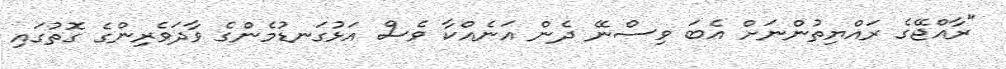
"ރާއްޖޭގެ ރައްޔިތުންނަށް އެބަ ވިސްނޭ ދެން އަނެއްކާ ވެސް އަޅުގަނޑުމެންގެ ވާދަވެރިންގެ ގޮތުގައި